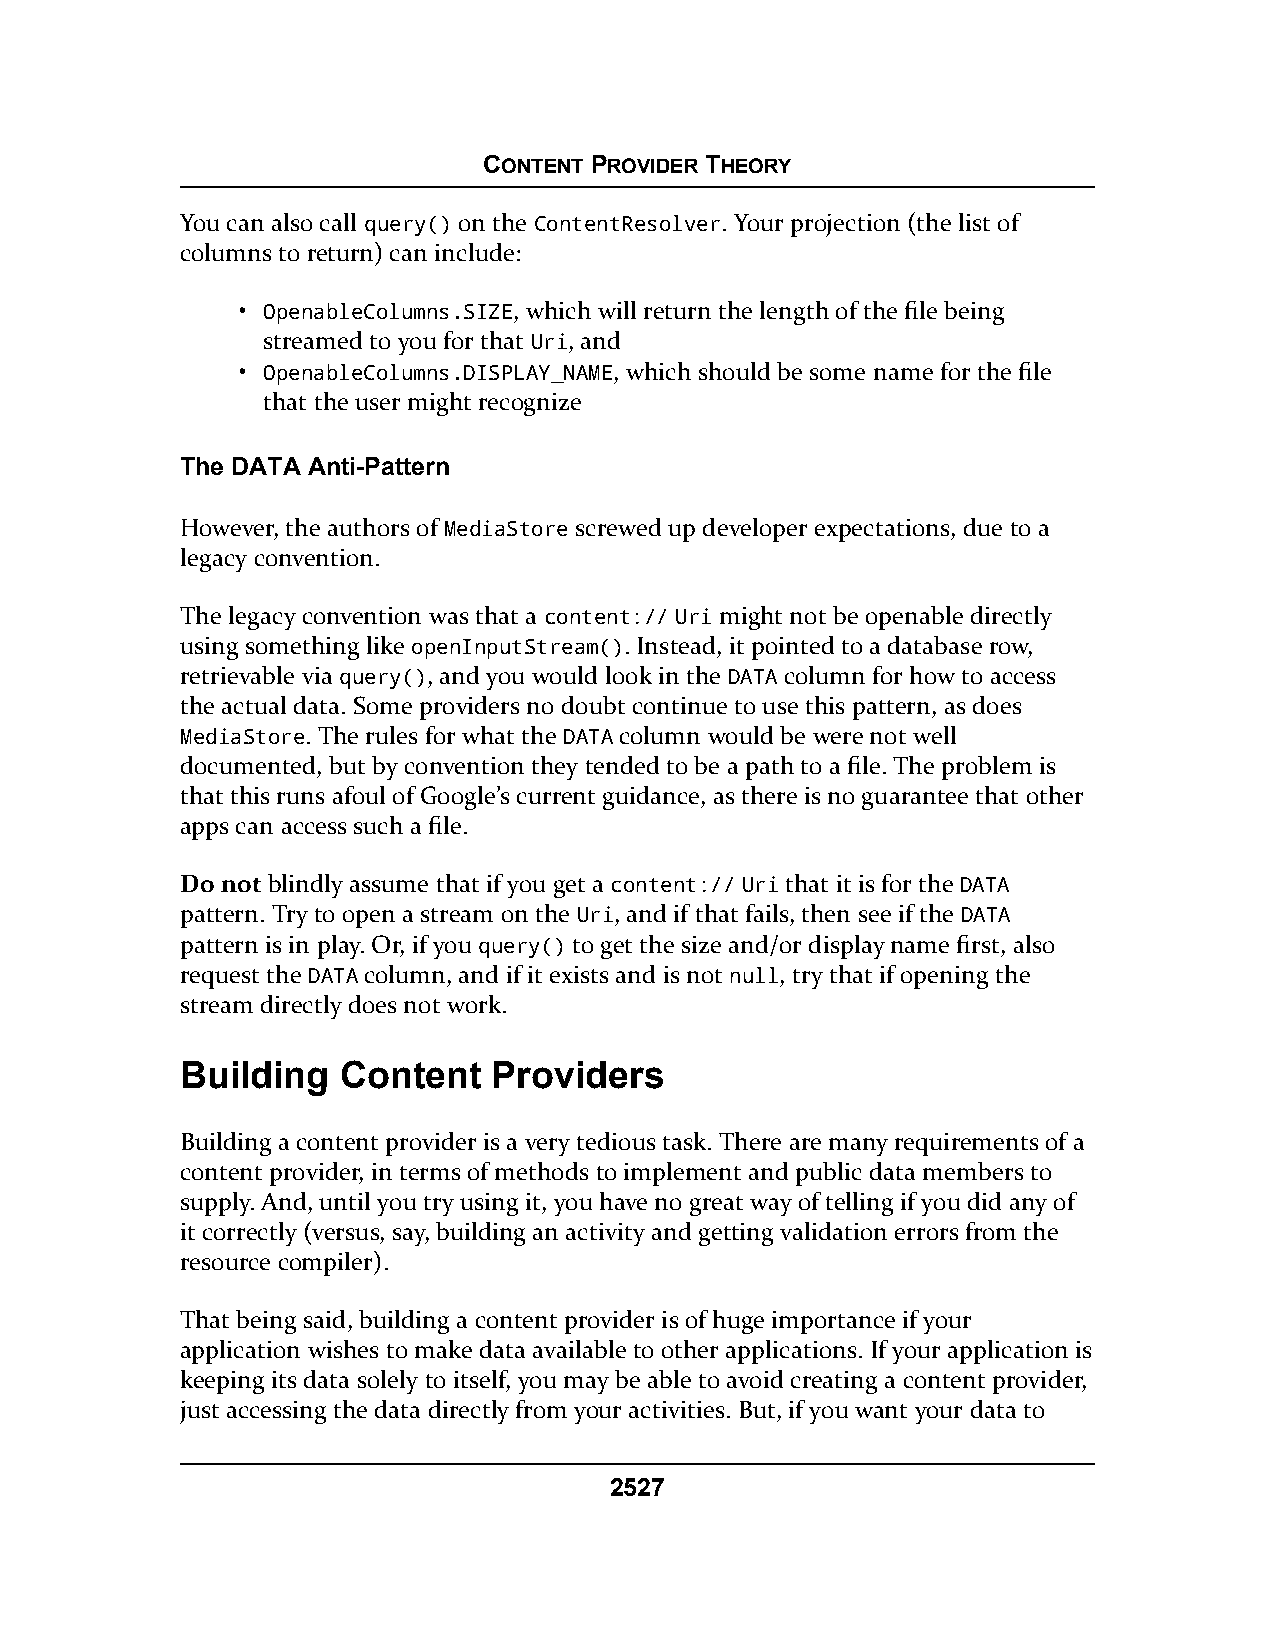
CONTENT PROVIDER THEORY
 You can also call query() on the ContentResolver. Your projection (the list of
 columns to return) can include:
 • OpenableColumns.SIZE, which will return the length of the file being
 streamed to you for that Uri, and
 • OpenableColumns.DISPLAY_NAME, which should be some name for the file
 that the user might recognize
 The DATA Anti-Pattern
 However, the authors of MediaStore screwed up developer expectations, due to a
 legacy convention.
 The legacy convention was that a content:// Uri might not be openable directly
 using something like openInputStream(). Instead, it pointed to a database row,
 retrievable via query(), and you would look in the DATA column for how to access
 the actual data. Some providers no doubt continue to use this pattern, as does
 MediaStore. The rules for what the DATA column would be were not well
 documented, but by convention they tended to be a path to a file. The problem is
 that this runs afoul of Google’s current guidance, as there is no guarantee that other
 apps can access such a file.
 Do not blindly assume that if you get a content:// Uri that it is for the DATA
 pattern. Try to open a stream on the Uri, and if that fails, then see if the DATA
 pattern is in play. Or, if you query() to get the size and/or display name first, also
 request the DATA column, and if it exists and is not null, try that if opening the
 stream directly does not work.
 Building   Content   Providers
 Building a content provider is a very tedious task. There are many requirements of a
 content provider, in terms of methods to implement and public data members to
 supply. And, until you try using it, you have no great way of telling if you did any of
 it correctly (versus, say, building an activity and getting validation errors from the
 resource compiler).
 That being said, building a content provider is of huge importance if your
 application wishes to make data available to other applications. If your application is
 keeping its data solely to itself, you may be able to avoid creating a content provider,
 just accessing the data directly from your activities. But, if you want your data to
 2527